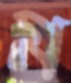
ম